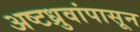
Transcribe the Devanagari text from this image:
अष्टध्रुवांपासून